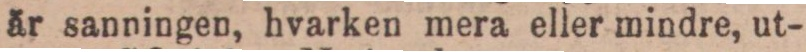
är sanningen, hvarken mera eller mindre, ut-